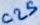
Text: C25